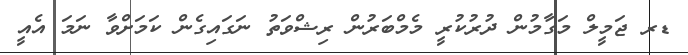
ޑރ ޖަމީލް މަގާމުން ދުރުކުރީ މެމްބަރުން ރިޝްވަތު ނަގައިގެން ކަމަށްވާ ނަމަ އެއީ